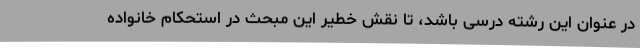
در عنوان این رشته درسی باشد، تا نقش خطیر این مبحث در استحکام خانواده